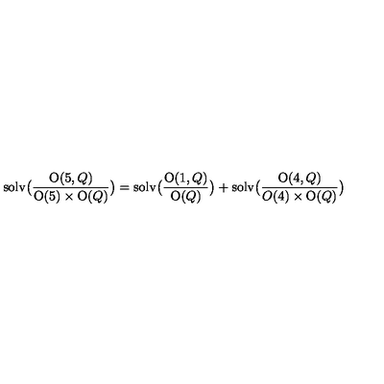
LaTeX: \mathrm { s o l v } \bigl ( { \frac { \mathrm { O } ( 5 , Q ) } { \mathrm { O } ( 5 ) \times \mathrm { O } ( Q ) } } \bigr ) = \mathrm { s o l v } \bigl ( { \frac { \mathrm { O } ( 1 , Q ) } { \mathrm { O } ( Q ) } } \bigr ) + \mathrm { s o l v } \bigl ( { \frac { \mathrm { O } ( 4 , Q ) } { O ( 4 ) \times \mathrm { O } ( Q ) } } \bigr )